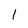
Character: 1